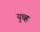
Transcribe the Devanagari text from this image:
युध्ह